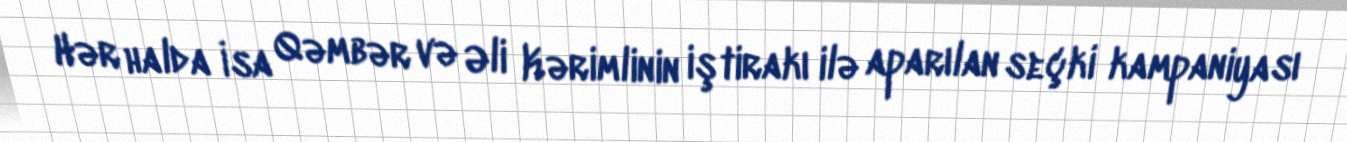
Hər halda İsa Qəmbər və Əli Kərimlinin iştirakı ilə aparılan seçki kampaniyası